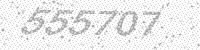
Solution: 555707